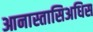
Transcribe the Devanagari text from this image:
आनास्तासिअधिस